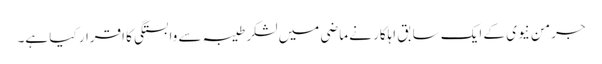
جرمن نیوی کے ایک سابق اہلکار نے ماضی میں لشکر طیبہ سے وابستگی کا اقرار کیا ہے۔